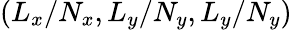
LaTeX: \left(L_{x}/N_{x},L_{y}/N_{y},L_{y}/N_{y}\right)